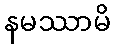
နမဿာမိ